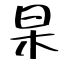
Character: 杲